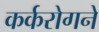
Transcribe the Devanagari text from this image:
कर्करोगने